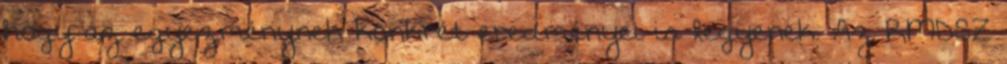
hogy az egyezménynek konkrét eredményei is legyenek. Az RMDSZ